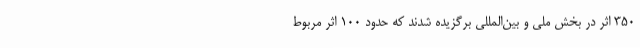
350 اثر در بخش ملی و بین‌المللی برگزیده شدند که حدود 100 اثر مربوط